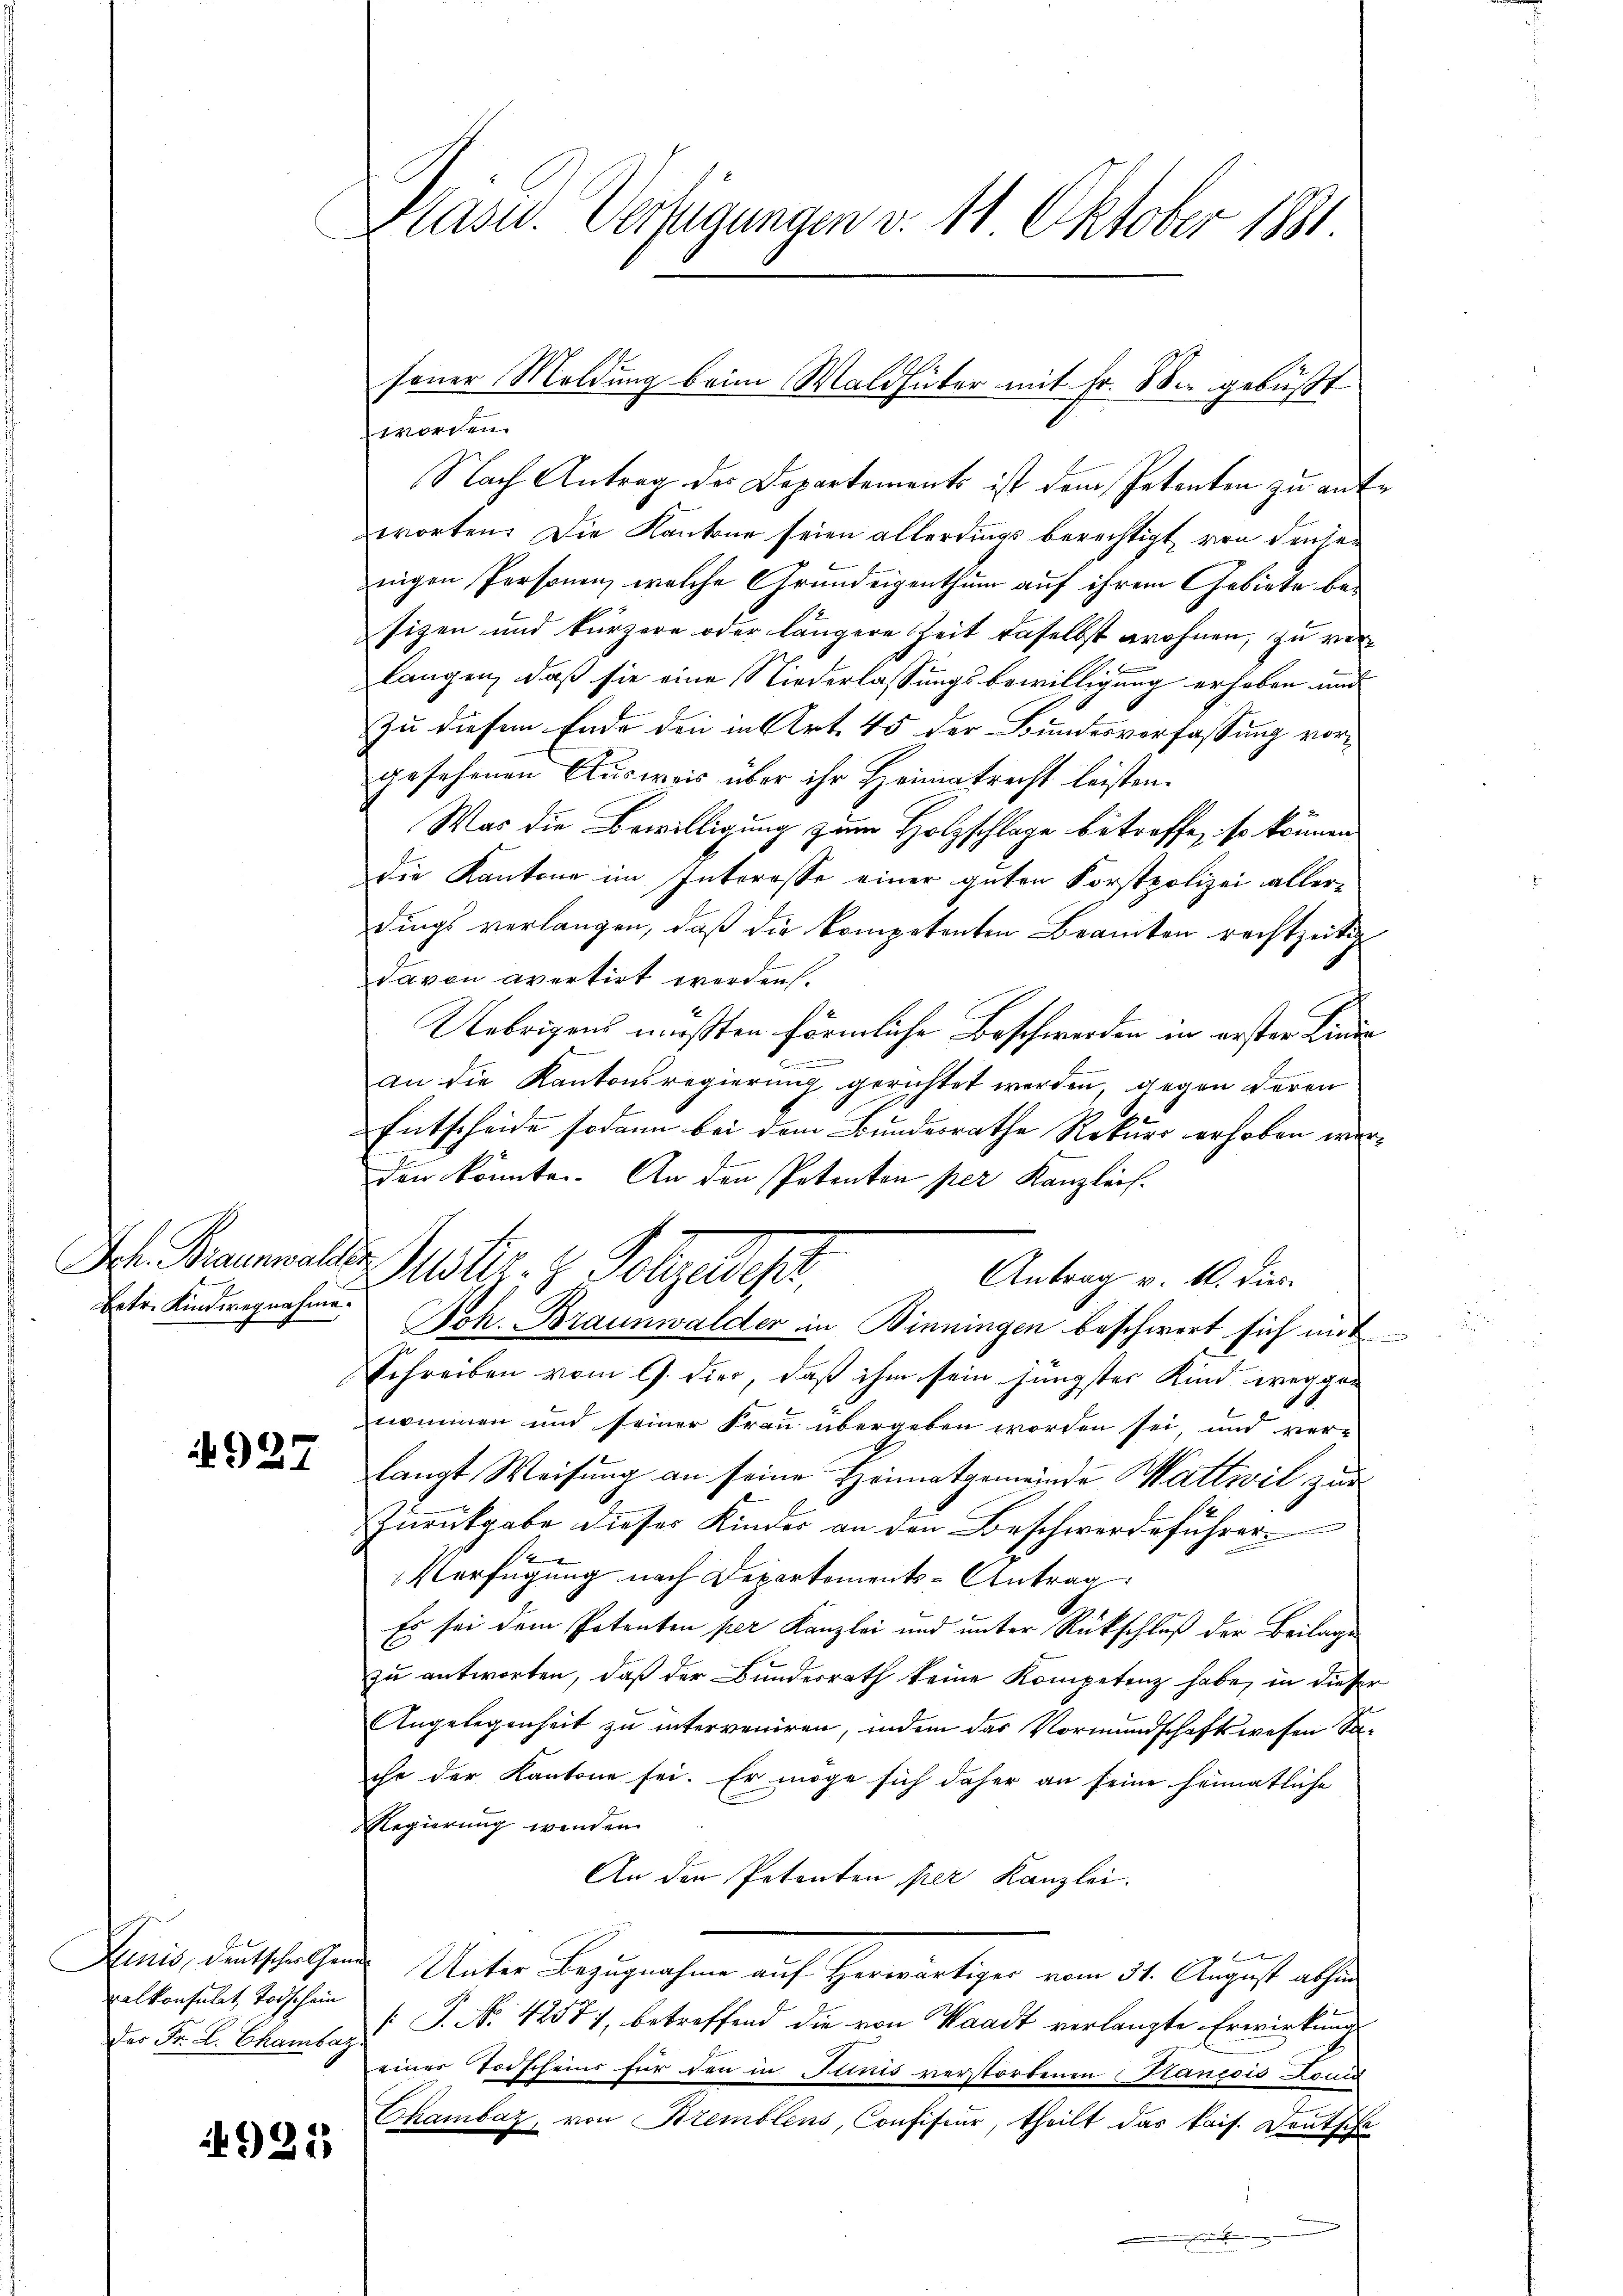
betr. Kindwegnahme.

927

kalkonsulat Todschein
der Fr. L. Chambaz

1921)

Plasur. Verfügungen v. 11 Oktober 1881.

worden.
Nach Antrag des Departements ist dem Petenten zu antworten. Die Kantone seien allerdings berechtigt, von densen
nigen Personen, welche Grundeigenthum auf ihrem Gebiete besizen und kürzere oder längere Zeit daselbst wohnen, zu verlangen, daß sie eine Niederlassungsbewilligung erheben und
Zu diesem Ende den in Art. 45 der Bundesverfassung vorgesehenen Ausweis über ihr Heimatrecht leisten.
Was die Bewilligung zum Holzschlage betroffe, so können
Die Kantone im Interesse einer guten Forstpolizei allerdings verlangen, daβ die kompetenten Beamten rechtzeitig
davon avertirt werden.
Uebrigens mußten förmliche Beschwerden in erster Kinde
An die Kantonsregierung gerichtet werden gegen deren
Entscheide sodann bei dem Bundesrathe Rekurs erhoben werden könnte. An den Petenten per Kanzleif.
Antrag v. M. dies
Joh. Braunwalder in Binningen beschwert sich mit
Schreiben vom 9. Dier, daß ihm sein jüngster Kind weggenommen und seiner Frau übergeben worden sei, und ver-
langt Weisung an seine Heimatgemeinde Wattwil zur
Zurückgabe dieser Kinder an den Beschwerdeführer
e
Verfügung nach Departements-Antrag
.1
Es sei dem Petenten per Kanzlei und unter Rückschluß der Beilage
zu antworten, daß der Bundesrath keine Kompetenz habe, in dieser
Angelegenheit zu interveniren, indem das Vormundschaftswesen Sache der Kantone sei. Er möge sich daher an seine heimatliche
Regierung werden.
An den Petenten per Kanzlei.
e Bund
Anis, deutschalen Unter Bezugnahme auf Herwärtiger vom 31. August absen
[J. No. 4257), betreffend die von Waadt verlangte Erwirkung
einer Todscheins für den in Junis verstorbenen Sancois Domin
Chambaz, von Kremblens, Confiseur, theilt das kais. Deutsche
.

Dr. Braunwalten Puster. H. Folgeldet,

fener Meldung beim Waldhüter mit Fr. Sie gebüßt